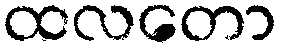
ထလတော